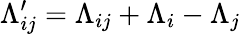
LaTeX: \Lambda_{ij}^{\prime}=\Lambda_{ij}+\Lambda_{i}-\Lambda_{j}